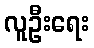
လူဦးရေး